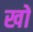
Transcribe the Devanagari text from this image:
खों